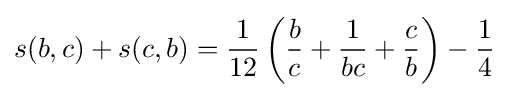
s(b,c)+s(c,b)={\frac {1}{12}}\left({\frac {b}{c}}+{\frac {1}{bc}}+{\frac {c}{b}}\right)-{\frac {1}{4}}